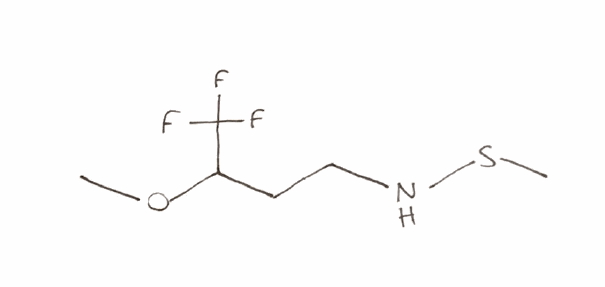
Simplified molecular-input line-entry system (SMILES) notation of the given molecule:
COC(CCNSC)C(F)(F)F